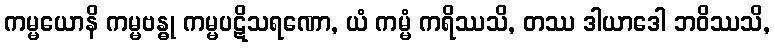
ကမ္မယောနိ ကမ္မဗန္ဓု ကမ္မပဋိသရဏော, ယံ ကမ္မံ ကရိဿသိ, တဿ ဒါယာဒေါ ဘဝိဿသိ,